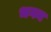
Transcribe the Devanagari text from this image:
भगन